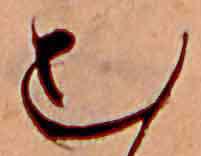
む